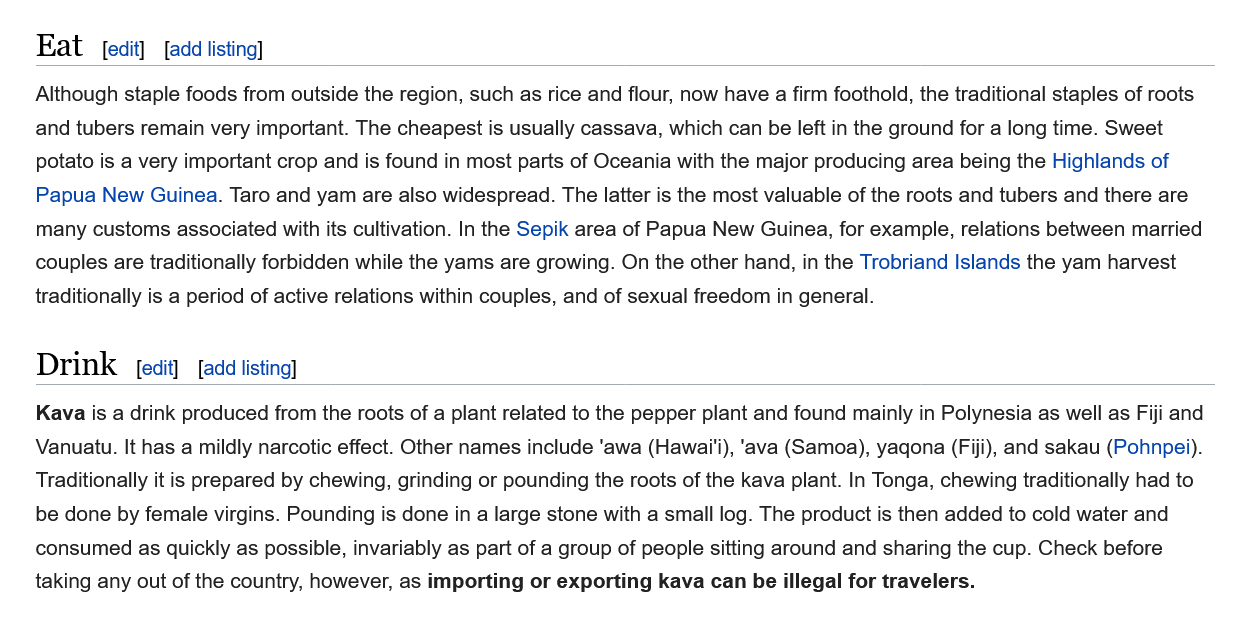
Although staple foods from outside the region, such as rice and flour, now have a firm foothold, the traditional staples of roots
    and tubers remain very important. The cheapest is usually cassava, which can be left in the ground for a long time. Sweet
    potato is a very important crop and is found in most parts of Oceania with the major producing area being the Highlands of
    Papua New  Guinea. Taro and yam are also widespread. The latter is the most valuable of the roots and tubers and there are
    many customs associated with its cultivation. In the Sepik area of Papua New Guinea, for example, relations between married
    couples are traditionally forbidden while the yams are growing. On the other hand, in the Trobriand Islands the yam harvest
    traditionally is a period of active relations within couples, and of sexual freedom in general.
    Kava is a drink produced from the roots of a plant related to the pepper plant and found mainly in Polynesia as well as Fiji and
    Vanuatu. It has a mildly narcotic effect. Other names include ‘awa (Hawai'i), ‘ava (Samoa), yagona (Fiji), and sakau (Pohnpei).
    Traditionally it is prepared by chewing, grinding or pounding the roots of the kava plant. In Tonga, chewing traditionally had to
    be done by female virgins. Pounding is done in a large stone with a small log. The product is then added to cold water and
    consumed as quickly as possible, invariably as part of a group of people sitting around and sharing the cup. Check before
    taking any out of the country, however, as importing or exporting kava can be illegal for travelers.
    Eat
    Drink
     [add listing] fedit]
     [edit] [add listing]